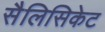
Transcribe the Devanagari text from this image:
सैलिसिकेट